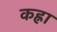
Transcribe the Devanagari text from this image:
कह्ना